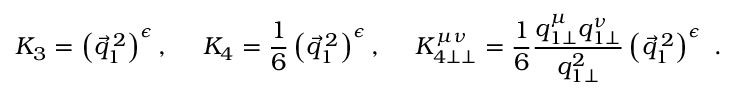
K _ { 3 } = \left( \vec { q } _ { 1 } ^ { \: 2 } \right) ^ { \epsilon } , \ \ \ \ K _ { 4 } = \frac { 1 } { 6 } \left( \vec { q } _ { 1 } ^ { \: 2 } \right) ^ { \epsilon } , \ \ \ \ K _ { 4 \perp \perp } ^ { \mu \nu } = \frac { 1 } { 6 } \frac { q _ { 1 \perp } ^ { \mu } q _ { 1 \perp } ^ { \nu } } { q _ { 1 \perp } ^ { 2 } } \left( \vec { q } _ { 1 } ^ { \: 2 } \right) ^ { \epsilon } ~ .